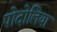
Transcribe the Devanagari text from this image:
पोदोलिया